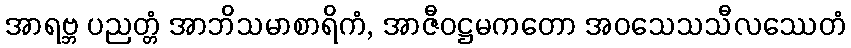
အာရဗ္ဘ ပညတ္တံ အာဘိသမာစာရိကံ, အာဇီဝဋ္ဌမကတော အဝသေသသီလဿေတံ